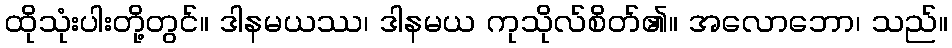
ထိုသုံးပါးတို့တွင်။ ဒါနမယဿ၊ ဒါနမယ ကုသိုလ်စိတ်၏။ အလောဘော၊ သည်။